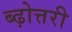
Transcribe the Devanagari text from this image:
ब्ढ़ोत्तरी